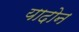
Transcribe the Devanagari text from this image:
यादोन